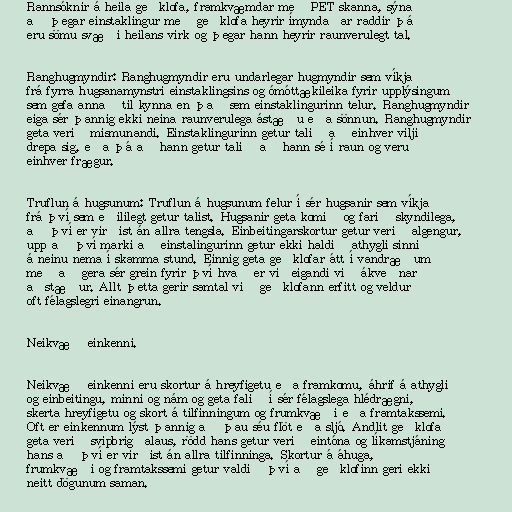
Rannsóknir á heila geðklofa, framkvæmdar með PET skanna, sýna
að þegar einstaklingur með geðklofa heyrir ímyndaðar raddir þá
eru sömu svæði heilans virk og þegar hann heyrir raunverulegt tal.

Ranghugmyndir: Ranghugmyndir eru undarlegar hugmyndir sem víkja
frá fyrra hugsanamynstri einstaklingsins og ómóttækileika fyrir upplýsingum
sem gefa annað til kynna en það sem einstaklingurinn telur. Ranghugmyndir
eiga sér þannig ekki neina raunverulega ástæðu eða sönnun. Ranghugmyndir
geta verið mismunandi. Einstaklingurinn getur talið að einhver vilji
drepa sig, eða þá að hann getur talið að hann sé í raun og veru
einhver frægur.

Truflun á hugsunum: Truflun á hugsunum felur í sér hugsanir sem víkja
frá því sem eðililegt getur talist. Hugsanir geta komið og farið skyndilega,
að því er virðist án allra tengsla. Einbeitingarskortur getur verið algengur,
upp að því marki að einstalingurinn getur ekki haldið athygli sinni
á neinu nema í skamma stund. Einnig geta geðklofar átt í vandræðum
með að gera sér grein fyrir því hvað er viðeigandi við ákveðnar
aðstæður. Allt þetta gerir samtal við geðklofann erfitt og veldur
oft félagslegri einangrun.

Neikvæð einkenni.

Neikvæð einkenni eru skortur á hreyfigetu eða framkomu, áhrif á athygli
og einbeitingu, minni og nám og geta falið í sér félagslega hlédrægni,
skerta hreyfigetu og skort á tilfinningum og frumkvæði eða framtakssemi.
Oft er einkennum lýst þannig að þau séu flöt eða sljó. Andlit geðklofa
geta verið svipbrigðalaus, rödd hans getur verið eintóna og líkamstjáning
hans að því er virðist án allra tilfinninga. Skortur á áhuga,
frumkvæði og framtakssemi getur valdið því að geðklofinn geri ekki
neitt dögunum saman.